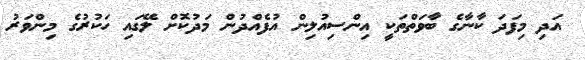
އަދި މިފަދަ ކާނާގެ ބާވަތްތަކީ އިންސިއުލިން އުފެއްދުން މަދުކޮށް ލޭގައި ހަކުރުގެ މިންވަރު